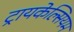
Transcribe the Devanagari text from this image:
ट्रायकेल्सियम